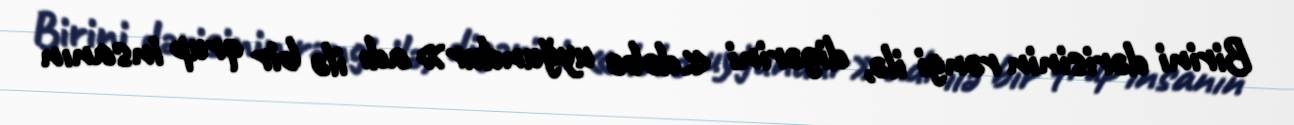
Birini dərisinin rəngi ilə, digərini «dəbə uyğundur» adı ilə bir qrup insanın